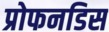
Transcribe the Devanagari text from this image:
प्रोफनडिस